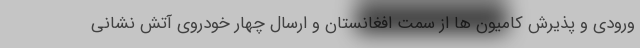
ورودی و پذیرش کامیون ها از سمت افغانستان و ارسال چهار خودروی آتش نشانی